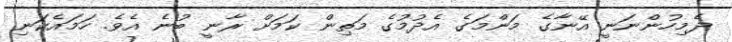
ދެމިހުންނަނީ އޭނާގެ މަންމަގެ އެދުމުގެ މަތިން ކަމަށް ރާނީ ބުނެ އެވެ. ހަމައެކަނި